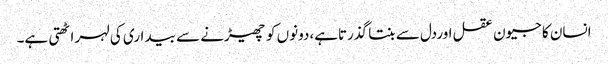
انسان کا جیون عقل اوردل سے بنتا گذرتاہے،دونوں کو چھیڑنے سے بیداری کی لہر اٹھتی ہے۔